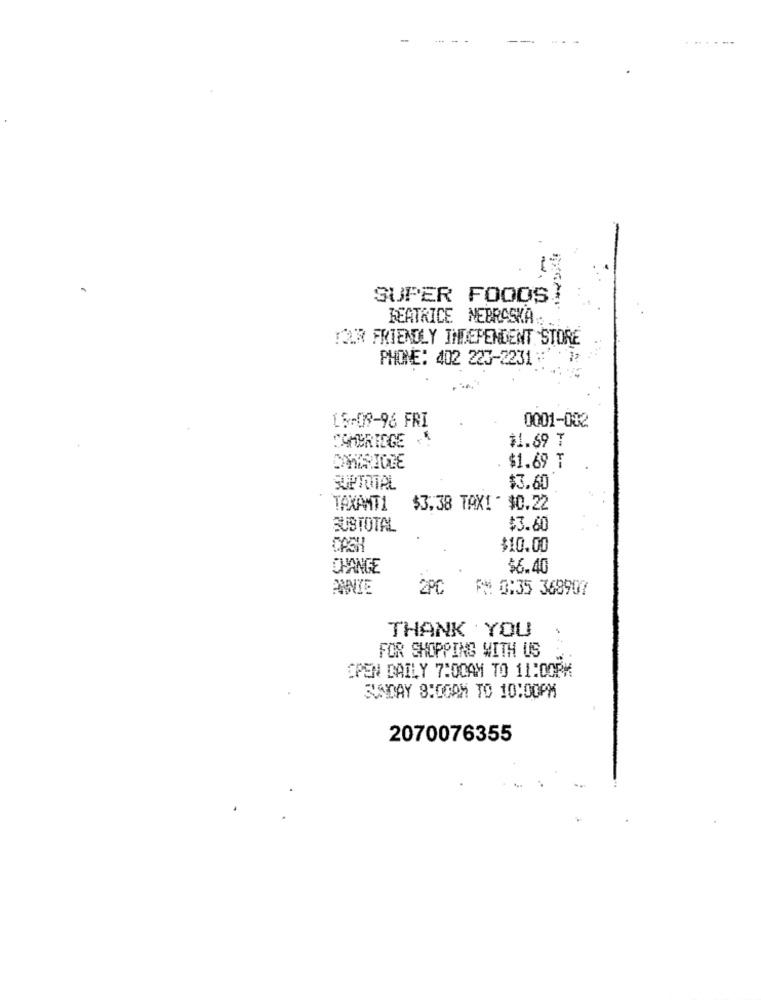
-
SUPER FOODS
BEATRICE NEBRASKA.
TOUR FRIENDLY INDEPENDENT STORE
PHONE: 402 223-2231 : 1:
LS-09-96 FRI
0001-002
CAMBRIDGE .
$1.69 T
$1.69 T
SUPTOTAL
$3.60
TAXAMT1
$3.38 TAXI - $0.22
SUBTOTAL
$3.60
CASH
$10.00
CHANGE
$6.40
ANNIE
2PC
TM 0:35 368907
THANK YOU
FOR SHOPPING WITH US
OPEN DAILY 7:00AM TO 11:00PM
SUNDAY 8:00AM TO 10:00PM
2070076355